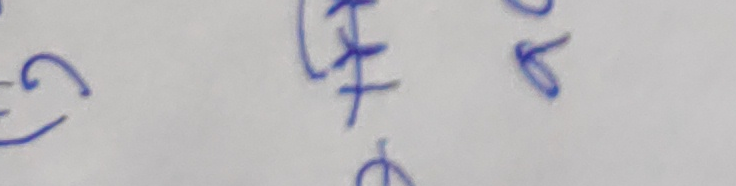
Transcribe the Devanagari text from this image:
महोदय